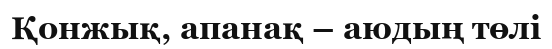
Қонжық, апанақ – аюдың төлі